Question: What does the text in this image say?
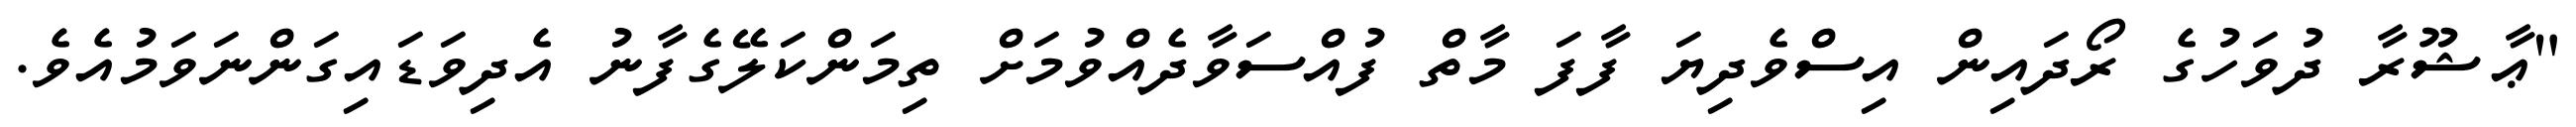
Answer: "ޢާޝޫރާ ދުވަހުގެ ރޯދައިން އިސްވެދިޔަ ފާފަ މާތް ފުއްސަވާދެއްވުމަށް ތިމަންކަލޭގެފާނު އެދިވަޑައިގަންނަވަމުއެވެ.